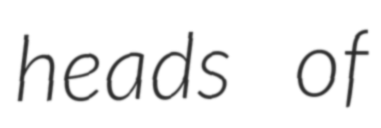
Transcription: heads of